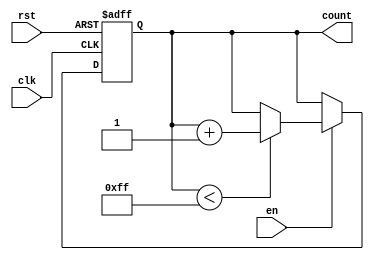
module incremental_counter #(
    parameter MAX_VAL = 255 // Parameter for maximum count value
)(
    input wire clk,          // Clock signal
    input wire rst,          // Asynchronous reset signal
    input wire en,           // Enable signal
    output reg [7:0] count   // Current count value (8-bit for this example)
);

    // Asynchronous reset and counting logic
    always @(posedge clk or posedge rst) begin
        if (rst) begin
            count <= 8'b0; // Reset count to zero
        end else if (en) begin
            if (count < MAX_VAL) begin
                count <= count + 1; // Increment count
            end
            // If count reaches MAX_VAL, it holds its value
        end
    end

endmodule